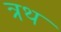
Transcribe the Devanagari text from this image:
त्रथ